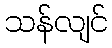
သန်လျင်